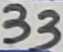
Text: 33